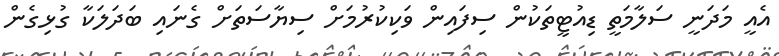
އެއީ މަދަނީ ސަލާމަތީ ޑިއުޓީތަކުން ސިފައިން ވަކިކުރުމަށް ސިޔާސަތަށް ގެނައި ބަދަލަކާ ގުޅިގެން